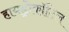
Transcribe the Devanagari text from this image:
हायड्रोकॉटिल